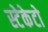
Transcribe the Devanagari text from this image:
स्टेकेटो